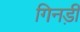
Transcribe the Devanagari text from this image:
गिनड़ी